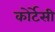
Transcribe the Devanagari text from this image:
कोर्टेसी